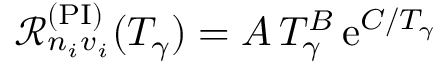
\mathcal { R } _ { n _ { i } v _ { i } } ^ { ( \mathrm { P I } ) } ( T _ { \gamma } ) = A \, T _ { \gamma } ^ { B } \, \mathrm { e } ^ { C / T _ { \gamma } }